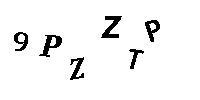
9PZZTP